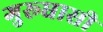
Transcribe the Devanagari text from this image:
गुरूघासी